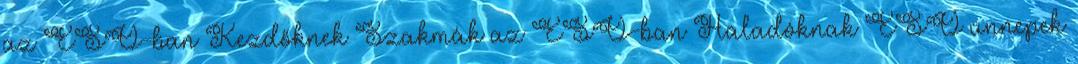
az ESO-ban Kezdőknek Szakmák az ESO-ban Haladóknak ESO ünnepek